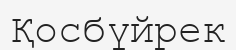
Қосбүйрек